Vaccination in the Punjab 1905-1918 - 1905-1918
Year: 1905
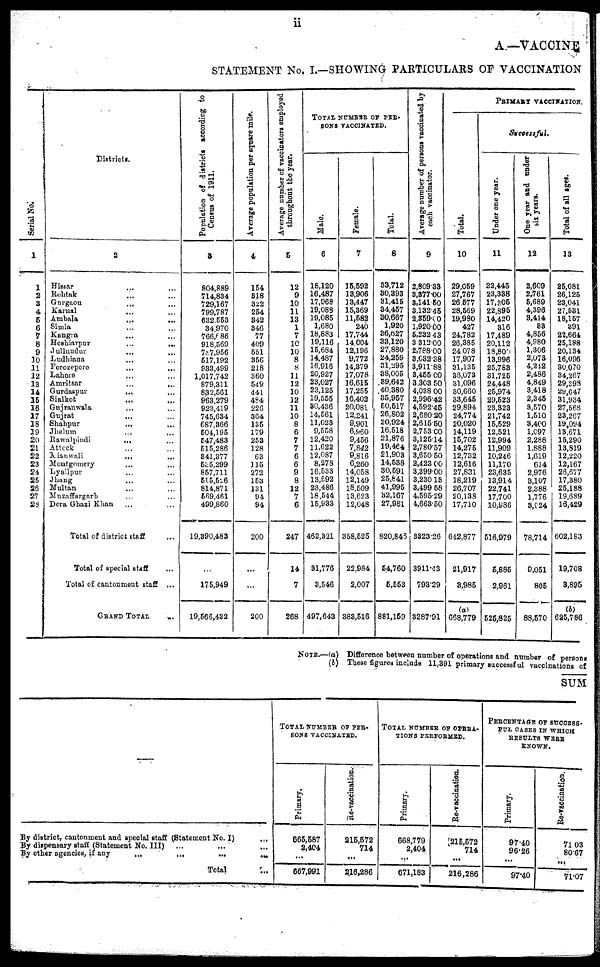
ii
A.—VACCINE
STATEMENT No. I.—SHOWING PARTICULARS OF VACCINATION
Serial No.
1
1
2
3
4
5
6
7
8
9
10
11
12
13
14
15
16
17
18
19
20
21
22
23
24
25
26
27
28
Districts.
2
Hissar ... ...
Rohtak ... ...
Gurgaon ... ...
Karnal ... ...
Ambala ... ...
Simla ... ...
Kangra
...
...
Hoshiarpur ... ...
Jullundur ... ...
Ludhiana ... ...
Ferozepore ... ...
Lahore ... ...
Amritsar
...
...
Gurdaspur ... ...
Sialkot
...
...
Gujranwala
...
...
Gujrat ... ...
Shahpur
...
...
Jhelum ... ...
Rawalpindi
...
...
Attock ... ...
Mianwali
...
...
Montgomery ... ...
Lyallpur ... ...
Jhang ... ...
Multan ... ...
Muzaffargarh ... ...
Dera Ghazi Khan ... ...
Total of district staff ...
Total of special staff ...
Total of cantonment staff ...
GRAND TOTAL
...
Population of districts According to
Census of 1911.
3
804,889
714,834
729,167
799,787
632,553
34,970
766,686
918,569
787,956
517,192
933,499
1,017,742
879,311
832,561
963,279
923,419
745,634
687,366
504,195
547,483
515,286
341,377
535,299
857,711
515,526
814,871
569,461
499,860
19,390,483
...
175,949
19,566,432
Average population per square mile.
4
154
318
322
254
342
346
77
409
551
356
218
360
549
441
484
226
364
135
179
253
128
63
115
272
153
131
94
94
200
...
...
200
Average number of vaccinators employed
throughout the year.
5
12
9
10
11
13
1
7
10
10
8
8
11
12
10
12
11
10
8
6
7
7
6
6
9
8
12
7
6
247
14
7
268
TOTAL NUMBER OF PER-
SONS VACCINATED.
Male.
6
18,120
16,487
17,968
19,088
19,085
1,680
18,883
19,116
15,684
14,487
16,916
20,927
23,027
23,125
19,555
30,436
14,561
11,023
9,558
12,420
11,622
12,087
8,278
16,533
13,692
23,486
18,544
15,933
462,321
31,776
3,546
497,643
Female.
7
15,592
13,906
13,447
15,369
11,582
240
17,744
14,004
12,196
9,772
14,379
17,078
16,615
17,255
16,402
20,081
12,241
9,901
6,960
9,456
7,842
9,816
6,260
14,058
12,149
18,509
13,623
12,048
358,525
22,984
2,007
383,516
Total.
8
33,712
30,393
31,415
34,457
30,667
1,920
36,627
33,120
27,880
24,259
31,295
38,005
39,642
40,380
35,957
50,517
26,802
20,924
16,518
21,876
19,464
21,903
14,538
30,591
25,841
41,995
32,167
27,981
820,846
54,760
5,553
881,159
Average number of persons vaccinated by
each vaccinator.
9
2,809.33
3,377.00
3,141.50
3,132.45
2,359.00
1,920.00
5,232.43
3,312.00
2,788.00
3,032.38
3,911.88
3,455.00
3,303.50
4,038.00
2,996.42
4,592.45
2,680.20
2,615.50
2,753.00
3,125.14
2,780.57
3,650.50
2,423.00
3,399.00
3,230.13
3,499.58
4,595.29
4,663.50
3823.26
3911.43
793.29
3287.91
PRIMARY VACCINATION.
Total.
10
29,059
27,767
26,677
28,569
19,980
427
24,782
26,385
24,078
17,907
31,135
36,073
31,096
30,660
33,645
29,894
24,774
20,020
14,119
15,702
14,275
12,732
12,616
27,831
18,219
26,707
20,138
17,710
642,877
21,917
8,985
(a)
668,779
Successful.
Under one year.
11
22,445
23,338
17,305
22,895
14,420
316
17,489
20,112
18,809
13,996
25,783
31,725
24,448
25,974
29,523
23,323
21,742
15,529
12,521
12,994
11,909
10,246
11,170
23,635
13,914
22,741
17,700
10,986
516,979
5,885
2,961
525,825
One year and under
six years.
12
2,609
2,761
5,689
4,393
8,414
83
4,856
4,980
1,306
2,073
4,242
2,486
4,849
3,418
2,345
3,570
1,510
3,400
1,097
2,288
1,888
1,619
614
2,976
3,107
2,388
1,776
3,924
78,714
9,051
805
88,570
Total of all ages.
13
25,081
26,125
23,041
27,531
18,157
391
22,664
25,188
20,134
16,096
30,070
34,267
29,398
29,647
31,934
27,568
23,267
19,094
13,671
15,290
13,819
12,220
12,167
26,677
17,380
25,188
19,689
16,429
602,183
19,708
3,895
(b)
625,786
NOTE.—(a) Difference between number of operations and number of persons
(b) These figures include 11,391 primary successful vaccinations of
SUM
—
By district, cantonment and special staff (Statement No. I) ...
By dispensary staff (Statement No. III) ... ... ...
By other agencies, if any
...
...
...
...
Total ...
TOTAL NUMBER OF PER-
SONS VACCINATED.
Primary.
665,587
2,404
...
667,991
Re-vaccination.
215,572
714
...
216,286
TOTAL NUMBER OF OPERA-
TIONS PERFORMED.
Primary.
668,779
2,404
...
671,183
Re-vaccination.
215,572
714
...
216,286
PERCENTAGE OF SUCCESS-
FUL CASES IN WHICH
RESULTS WERE KNOWN.
Primary.
97.40
96.26 ...
97.40
Re-vaccination.
71.03
80.67
...
71.07